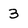
Character: 3